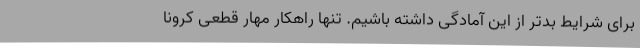
برای شرایط بدتر از این آمادگی داشته باشیم. تنها راهکار مهار قطعی کرونا